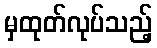
မှထုတ်လုပ်သည့်